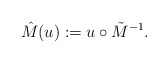
\begin{align*}\hat{M}(u):=u\circ \tilde{M}^{-1}.\end{align*}